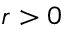
r > 0